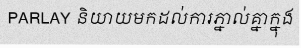
PARLAY និយាយមកដល់ការភ្នាល់គ្នាក្នុង